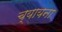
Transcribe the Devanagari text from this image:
च्यायना